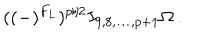
( ( - ) ^ { F _ { L } } ) ^ { p / 2 } I _ { 9 , 8 , \ldots , p + 1 } \Omega \, .